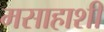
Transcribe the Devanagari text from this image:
मसाहाशी